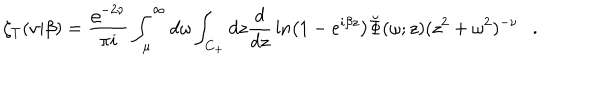
\zeta _ { T } ( \nu | \beta ) = { \frac { \varrho ^ { - 2 \nu } } { \pi i } } \int _ { \mu } ^ { \infty } d \omega \int _ { C _ { + } } d z { \frac { d } { d z } } \ln \left( 1 - e ^ { i \beta z } \right) \breve { \Phi } ( \omega ; z ) ( z ^ { 2 } + \omega ^ { 2 } ) ^ { - \nu } .